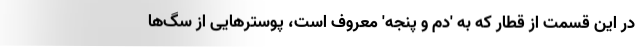
در این قسمت از قطار که به 'دم و پنجه' معروف است، پوسترهایی از سگ‌ها